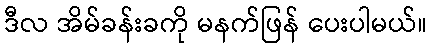
ဒီလ အိမ်ခန်းခကို မနက်ဖြန် ပေးပါမယ်။